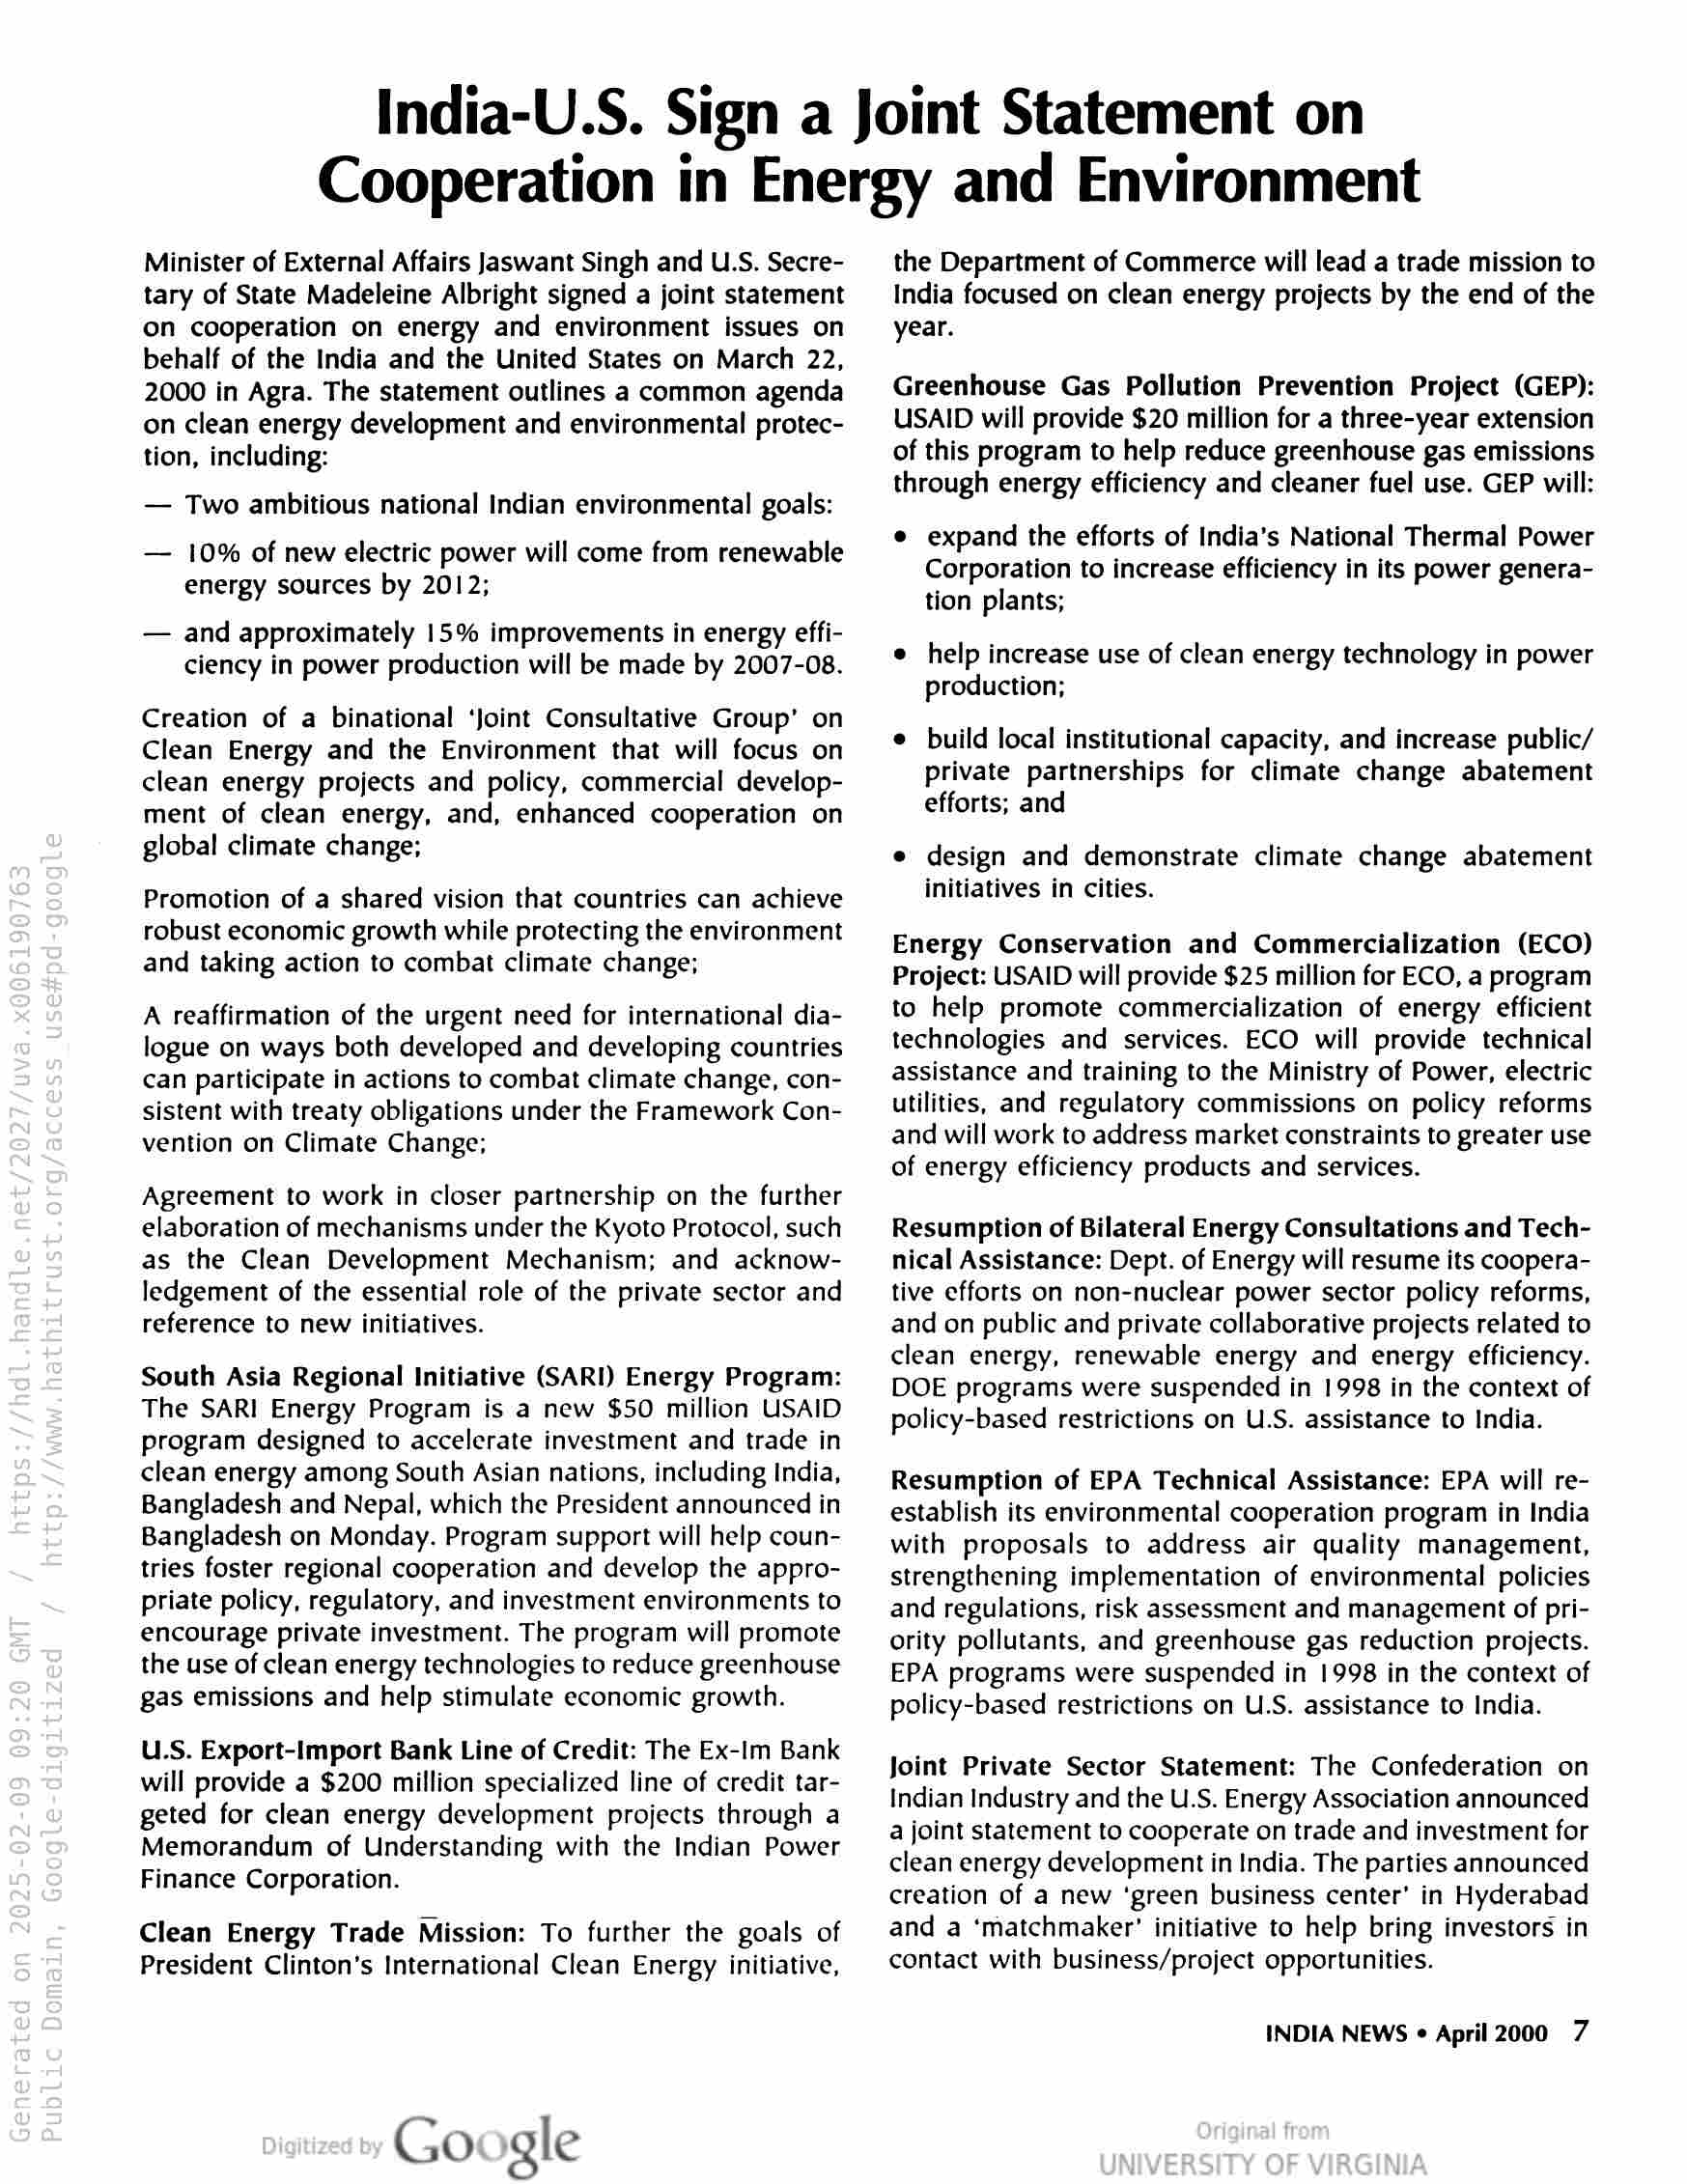
India-U.S. Sign a Joint Statement on
Cooperation in Energy and Environment

Minister of External Affairs Jaswant Singh and U.S. Secre-
tary of State Madeleine Albright signed a joint statement
on cooperation on energy and environment issues on
behalf of the India and the United States on March 22,
2000 in Agra. The statement outlines a common agenda
on clean energy development and environmental protec-
tion, including:

— Two ambitious national Indian environmental goals:

— 10% of new electric power will come from renewable
energy sources by 2012;

— and approximately 15% improvements in energy effi-
ciency in power production will be made by 2007-08.

Creation of a binational ‘Joint Consultative Group’ on
Clean Energy and the Environment that will focus on
clean energy projects and policy, commercial develop-
ment of clean energy, and, enhanced cooperation on
global climate change;

Promotion of a shared vision that countries can achieve
robust economic growth while protecting the environment
and taking action to combat climate change;

A reaffirmation of the urgent need for international dia-
logue on ways both developed and developing countries
can participate in actions to combat climate change, con-
sistent with treaty obligations under the Framework Con-
vention on Climate Change;

Agreement to work in closer partnership on the further
elaboration of mechanisms under the Kyoto Protocol, such
as the Clean Development Mechanism; and acknow-
ledgement of the essential role of the private sector and
reference to new initiatives.

South Asia Regional Initiative (SARI) Energy Program:
The SARI Energy Program is a new $50 million USAID
program designed to accelerate investment and trade in
clean energy among South Asian nations, including India,
Bangladesh and Nepal, which the President announced in
Bangladesh on Monday. Program support will help coun-
tries foster regional cooperation and develop the appro-
priate policy, regulatory, and investment environments to
encourage private investment. The program will promote
the use of clean energy technologies to reduce greenhouse
gas emissions and help stimulate economic growth.

U.S. Export-Import Bank Line of Credit: The Ex-Im Bank
will provide a $200 million specialized line of credit tar-
geted for clean energy development projects through a
Memorandum of Understanding with the Indian Power
Finance Corporation.

Clean Energy Trade Mission: To further the goals of
President Clinton’s International Clean Energy initiative,

Google

the Department of Commerce will lead a trade mission to
India focused on clean energy projects by the end of the
year.

Greenhouse Gas Pollution Prevention Project (GEP):
USAID will provide $20 million for a three-year extension
of this program to help reduce greenhouse gas emissions
through energy efficiency and cleaner fuel use. GEP will:

e expand the efforts of India’s National Thermal Power
Corporation to increase efficiency in its power genera-
tion plants;

e help increase use of clean energy technology in power
production;

e build local institutional capacity, and increase public/
private partnerships for climate change abatement
efforts; and

e design and demonstrate climate change abatement
initiatives in cities.

Energy Conservation and Commercialization (ECO)
Project: USAID will provide $25 million for ECO, a program
to help promote commercialization of energy efficient
technologies and services. ECO will provide technical
assistance and training to the Ministry of Power, electric
utilities, and regulatory commissions on policy reforms
and will work to address market constraints to greater use
of energy efficiency products and services.

Resumption of Bilateral Energy Consultations and Tech-
nical Assistance: Dept. of Energy will resume its coopera-
tive efforts on non-nuclear power sector policy reforms,
and on public and private collaborative projects related to
clean energy, renewable energy and energy efficiency.
DOE programs were suspended in 1998 in the context of
policy-based restrictions on U.S. assistance to India.

Resumption of EPA Technical Assistance: EPA will re-
establish its environmental cooperation program in India
with proposals to address air quality management,
strengthening implementation of environmental policies
and regulations, risk assessment and management of pri-
ority pollutants, and greenhouse gas reduction projects.
EPA programs were suspended in 1998 in the context of
policy-based restrictions on U.S. assistance to India.

Joint Private Sector Statement: The Confederation on
Indian Industry and the U.S. Energy Association announced
a joint statement to cooperate on trade and investment for
clean energy development in India. The parties announced
creation of a new ‘green business center’ in Hyderabad
and a ‘matchmaker’ initiative to help bring investors in
contact with business/project opportunities.

INDIA NEWS « April 2000 7